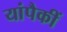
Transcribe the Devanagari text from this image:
यांपैकीं